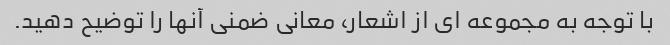
با توجه به مجموعه ای از اشعار، معانی ضمنی آنها را توضیح دهید.